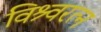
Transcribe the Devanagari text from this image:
विश्र्वरत्न